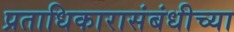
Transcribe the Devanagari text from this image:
प्रताधिकारासंबंधीच्या